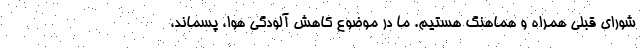
شورای قبلی همراه و هماهنگ هستیم. ما در موضوع کاهش آلودگی هوا، پسماند،